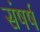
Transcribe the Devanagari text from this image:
संषर्ष